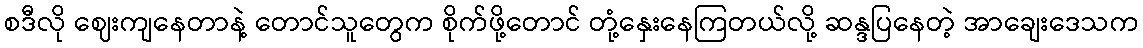
စဒီလို ဈေးကျနေတာနဲ့ တောင်သူတွေက စိုက်ဖို့တောင် တုံ့နှေးနေကြတယ်လို့ ဆန္ဒပြနေတဲ့ အာချေးဒေသက